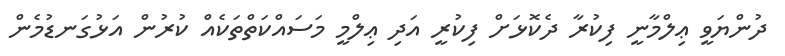
ދުންޔަވީ ޢިލްމާނީ ފިކުރާ ދެކޮޅަށް ފިކުރީ އަދި ޢިލްމީ މަސައްކަތްތަކެއް ކުރުން އަޅުގަނޑުމެން